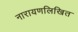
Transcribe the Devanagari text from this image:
नारायणलिखित